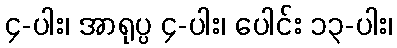
၄-ပါး၊ အာရုပ္ပ ၄-ပါး၊ ပေါင်း ၁၃-ပါး၊